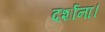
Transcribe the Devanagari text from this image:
दर्शाना।